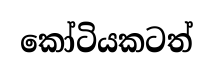
කෝටියකටත්